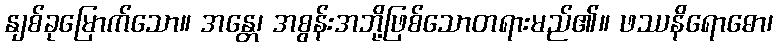
နျစ်ခုမြောက်သော။ အန္တေ၊ အစွန်းအဘို့ဖြစ်သောတရားမည်၏။ ဖဿနိရောဓော၊